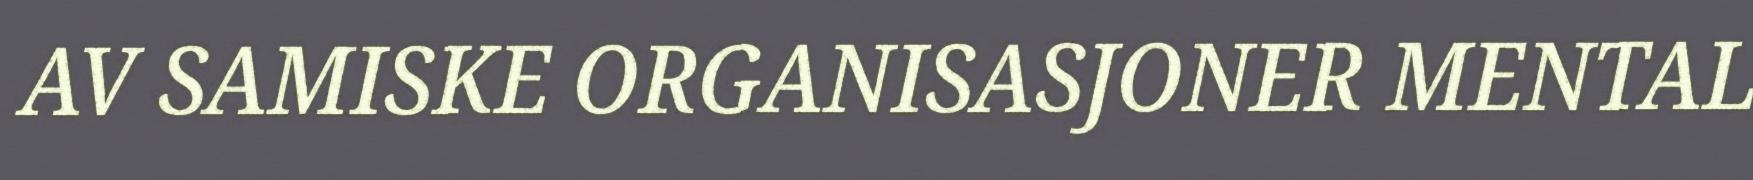
AV SAMISKE ORGANISASJONER MENTAL